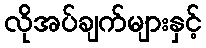
လိုအပ်ချက်များနှင့်